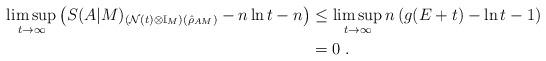
LaTeX: \begin{align*}\limsup_{t\to\infty}\left(S(A|M)_{(\mathcal{N}(t)\otimes\mathbb{I}_M)(\hat{\rho}_{AM})} - n\ln t -n\right) &\le \limsup_{t\to\infty}n\left(g(E+t) - \ln t - 1\right)\\&= 0\;.\end{align*}